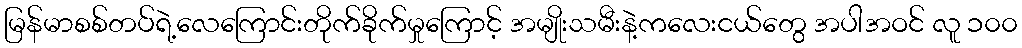
မြန်မာစစ်တပ်ရဲ့လေကြောင်းတိုက်ခိုက်မှုကြောင့် အမျိုးသမီးနဲ့ကလေးငယ်တွေ အပါအဝင် လူ ၁၀၀